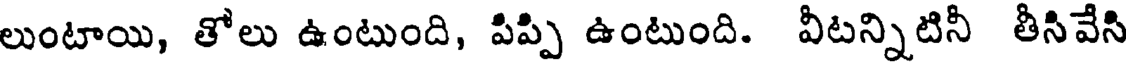
లుంటాయి, తోలు ఉంటుంది, పిప్పి ఉంటుంది. వీటన్నిటినీ తీసివేసి